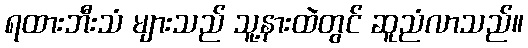
ရထားဘီးသံ များသည် သူ့နားထဲတွင် ဆူညံလာသည်။